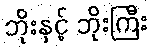
ဘိုးနှင့် ဘိုးကြီး